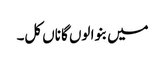
میں بنوا لوں گا ناں کل۔